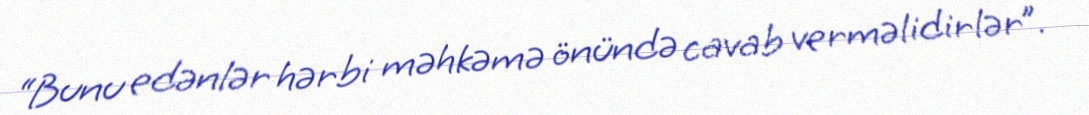
“Bunu edənlər hərbi məhkəmə önündə cavab verməlidirlər”.